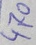
Text: 470